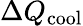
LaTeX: \Delta Q_{\mathrm{cool}}